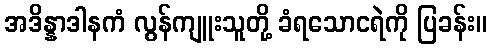
အဒိန္နာဒါနကံ လွန်ကျူးသူတို့ ခံရသောငရဲကို ပြခန်း။